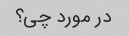
در مورد چی؟